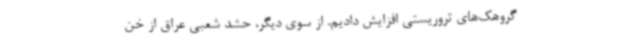
گروهک‌های تروریستی افزایش دادیم. از سوی دیگر، حشد شعبی عراق از خن